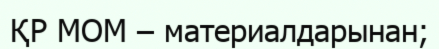
ҚР МОМ – материалдарынан;